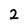
Character: 2